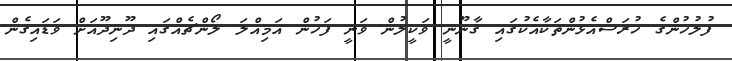
ފުލުހުންގެ ހުރަސްއެޅުންތަކާއެކުގައި ޤާނޫނީ ވަކީލުން ވަނީ ފަހުން އަމިއްލަ ލޯންޗެއްގައި ދޫނިދޫއަށް ވަޑައިގެން